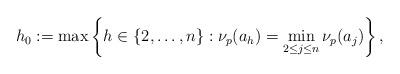
LaTeX: \begin{align*}h_0:=\max\left\{h\in\{2,\ldots,n\}:\nu_p(a_h) =\min_{2\leq j\leq n} \nu_p(a_j)\right\},\end{align*}